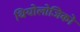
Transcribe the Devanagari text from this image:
थियोलोजिको